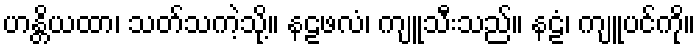
ဟန္တိယထာ၊ သတ်သကဲ့သို့။ နဠဖလံ၊ ကျူသီးသည်။ နဠံ၊ ကျူပင်ကို။